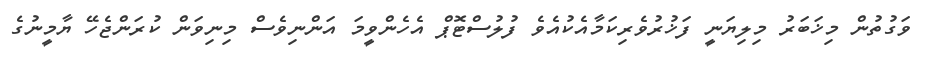
ވަގުތުން މިޚަބަރު މިލިޔަނީ ފަޚުރުވެރިކަމާއެކުއެވެ ފުލުސްޓޮޕް އެހެންވީމަ އަންނިވެސް މިނިވަން ކުރަންޖެހޭ ޔާމީނުގެ